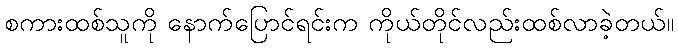
စကားထစ်သူကို နောက်ပြောင်ရင်းက ကိုယ်တိုင်လည်းထစ်လာခဲ့တယ်။